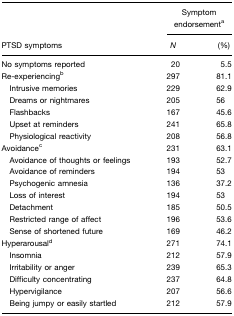
<table><thead><tr><td></td><td colspan="2"><b>Symptom endorsementa</b></td></tr><tr><td><b>PTSD symptoms</b></td><td><b><i>N</i></b></td><td><b>(%)</b></td></tr></thead><tbody><tr><td>No symptoms reported</td><td>20</td><td>5.5</td></tr><tr><td>Re-experiencingb</td><td>297</td><td>81.1</td></tr><tr><td> Intrusive memories</td><td>229</td><td>62.9</td></tr><tr><td> Dreams or nightmares</td><td>205</td><td>56</td></tr><tr><td> Flashbacks</td><td>167</td><td>45.6</td></tr><tr><td> Upset at reminders</td><td>241</td><td>65.8</td></tr><tr><td> Physiological reactivity</td><td>208</td><td>56.8</td></tr><tr><td>Avoidancec</td><td>231</td><td>63.1</td></tr><tr><td> Avoidance of thoughts or feelings</td><td>193</td><td>52.7</td></tr><tr><td> Avoidance of reminders</td><td>194</td><td>53</td></tr><tr><td> Psychogenic amnesia</td><td>136</td><td>37.2</td></tr><tr><td> Loss of interest</td><td>194</td><td>53</td></tr><tr><td> Detachment</td><td>185</td><td>50.5</td></tr><tr><td> Restricted range of affect</td><td>196</td><td>53.6</td></tr><tr><td> Sense of shortened future</td><td>169</td><td>46.2</td></tr><tr><td>Hyperarousald</td><td>271</td><td>74.1</td></tr><tr><td> Insomnia</td><td>212</td><td>57.9</td></tr><tr><td> Irritability or anger</td><td>239</td><td>65.3</td></tr><tr><td> Difficulty concentrating</td><td>237</td><td>64.8</td></tr><tr><td> Hypervigilance</td><td>207</td><td>56.6</td></tr><tr><td> Being jumpy or easily startled</td><td>212</td><td>57.9</td></tr></tbody></table>